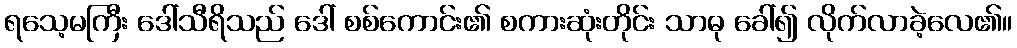
ရသေ့မကြီး ဒေါ်သီရိသည် ဒေါ် စစ်ကောင်း၏ စကားဆုံးတိုင်း သာဓု ခေါ်၍ လိုက်လာခဲ့လေ၏။